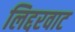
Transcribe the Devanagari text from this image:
लिद्दरवाट